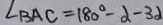
\angle B A C = 1 8 0 ^ { \circ } - \alpha - 3 \alpha